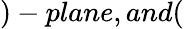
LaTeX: )-plane,and(